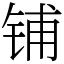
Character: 铺